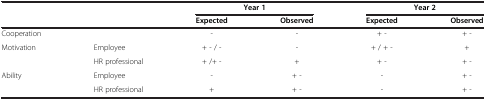
<table><thead><tr><td><b> </b></td><td><b> </b></td><td colspan="2"><b>Year 1</b></td><td colspan="2"><b>Year 2</b></td></tr><tr><td><b> </b></td><td><b> </b></td><td><b>Expected</b></td><td><b>Observed</b></td><td><b>Expected</b></td><td><b>Observed</b></td></tr></thead><tbody><tr><td>Cooperation</td><td> </td><td>-</td><td>-</td><td>+ -</td><td>+ -</td></tr><tr><td>Motivation</td><td>Employee</td><td>+ - / -</td><td>-</td><td>+ / + -</td><td>+</td></tr><tr><td> </td><td>HR professional</td><td>+ /+ -</td><td>+</td><td>+ -</td><td>+ -</td></tr><tr><td>Ability</td><td>Employee</td><td>-</td><td>+ -</td><td>-</td><td>+ -</td></tr><tr><td> </td><td>HR professional</td><td>+</td><td>+ -</td><td>-</td><td>+ -</td></tr></tbody></table>